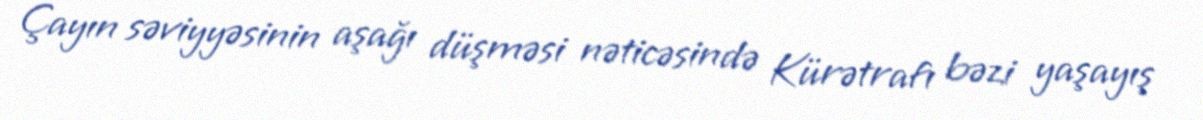
Çayın səviyyəsinin aşağı düşməsi nəticəsində Kürətrafı bəzi yaşayış